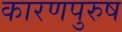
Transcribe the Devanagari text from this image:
कारणपुरुष